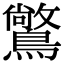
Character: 𪅶